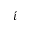
\acute { \iota }